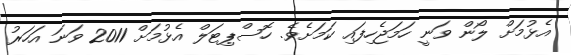
އެޅުމަށް ލޯން ވަނީ ހަމަޖެހިފައި ކަމަށެވެ. ހޮސްޕިޓަލް އެޅުމަށް 2011 ވަނަ އަހަރު